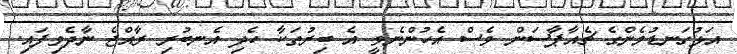
އަޅުގަނޑުމެންގެ ޗެއާޕާސަން ވެސް އެހުންނެވީ އެ ބިރުތަކާ ހެދި އެނބުރި ރާއްޖެ ނާދެވިފައި.